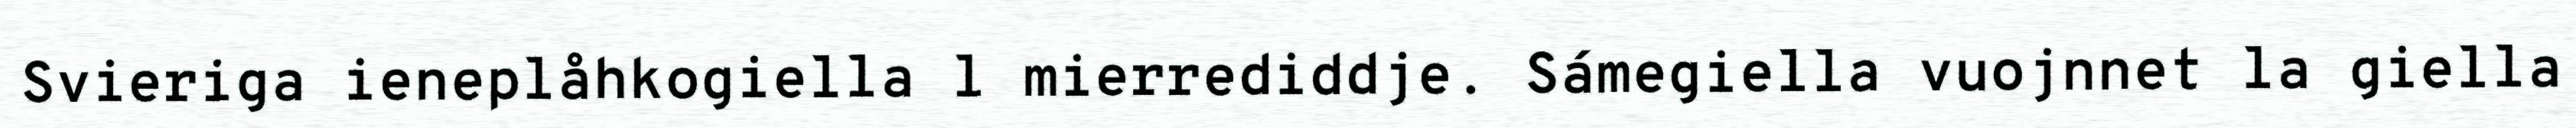
Svieriga ieneplåhkogiella l mierrediddje. Sámegiella vuojnnet la giella